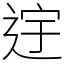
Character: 䢓